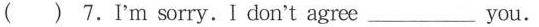
( ) 7.I'm sorry.I don't agree___you.